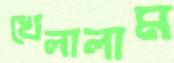
খেলালাম